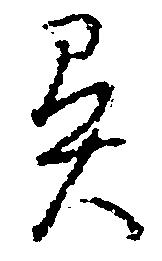
異